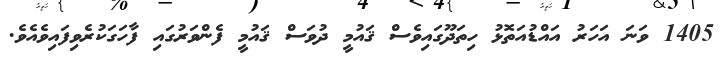
1405 ވަނަ އަހަރު އައްޑުއަތޮޅު ހިތަދޫގައިވެސް ޤައުމީ ދުވަސް ޤައުމީ ފެންވަރުގައި ފާހަގަކުރެވިފައިވެއެވެ.